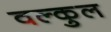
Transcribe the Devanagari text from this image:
वल्कुल